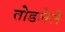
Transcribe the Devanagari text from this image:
तोडलेले